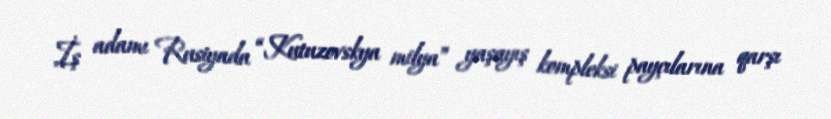
İş adamı Rusiyada “Kutuzovskya milya” yaşayış kompleksi payçılarına qarşı